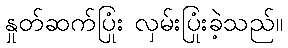
နှုတ်ဆက်ပြုံး လှမ်းပြုံးခဲ့သည်။